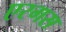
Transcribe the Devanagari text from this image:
एरगस